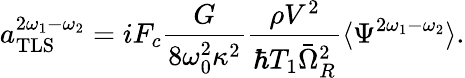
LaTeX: a_{\mathrm{TLS}}^{2\omega_{1}-\omega_{2}}=iF_{c}\frac{G}{8\omega_{0}^{2}\kappa^{2}}\frac{\rho V^{2}}{\hbar T_{1}\bar{\Omega}_{R}^{2}}\langle\Psi^{2\omega_{1}-\omega_{2}}\rangle.